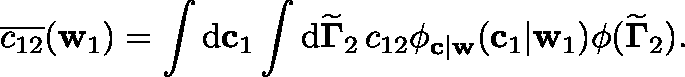
\overline { { c _ { 1 2 } } } ( \mathbf { w } _ { 1 } ) = \int \mathrm { d } \mathbf { c } _ { 1 } \int \mathrm { d } { \widetilde { \mathbf { \Gamma } } } _ { 2 } \, c _ { 1 2 } \phi _ { \mathbf { c } | \mathbf { w } } ( \mathbf { c } _ { 1 } | \mathbf { w } _ { 1 } ) \phi ( { \widetilde { \mathbf { \Gamma } } } _ { 2 } ) .